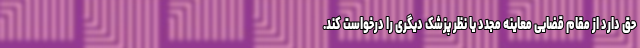
حق دارد از مقام قضایی معاینه مجدد یا نظر پزشک دیگری را درخواست کند.